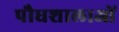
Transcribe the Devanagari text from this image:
पौधशालाओं